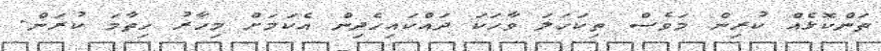
ތަންކޮޅެއް ކުރިން މަވެސް ތިކަހަލަ ވާހަކަ ދައްކައިހެދިން އެކަމަށް މިހާރު ހިތާމަ ކުރަން.